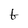
Character: t